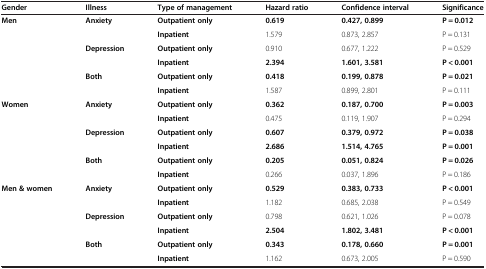
| Gender | Illness | Type of management | Hazard ratio | Confidence interval | Significance |
 | --- | --- | --- | --- | --- | --- |
 | Men | Anxiety | Outpatient only | 0.619 | 0.427, 0.899 | P = 0.012 |
 |  |  | Inpatient | 1.579 | 0.873, 2.857 | P = 0.131 |
 |  | Depression | Outpatient only | 0.910 | 0.677, 1.222 | P = 0.529 |
 |  |  | Inpatient | 2.394 | 1.601, 3.581 | P < 0.001 |
 |  | Both | Outpatient only | 0.418 | 0.199, 0.878 | P = 0.021 |
 |  |  | Inpatient | 1.587 | 0.899, 2.801 | P = 0.111 |
 | Women | Anxiety | Outpatient only | 0.362 | 0.187, 0.700 | P = 0.003 |
 |  |  | Inpatient | 0.475 | 0.119, 1.907 | P = 0.294 |
 |  | Depression | Outpatient only | 0.607 | 0.379, 0.972 | P = 0.038 |
 |  |  | Inpatient | 2.686 | 1.514, 4.765 | P = 0.001 |
 |  | Both | Outpatient only | 0.205 | 0.051, 0.824 | P = 0.026 |
 |  |  | Inpatient | 0.266 | 0.037, 1.896 | P = 0.186 |
 | Men & women | Anxiety | Outpatient only | 0.529 | 0.383, 0.733 | P < 0.001 |
 |  |  | Inpatient | 1.182 | 0.685, 2.038 | P = 0.549 |
 |  | Depression | Outpatient only | 0.798 | 0.621, 1.026 | P = 0.078 |
 |  |  | Inpatient | 2.504 | 1.802, 3.481 | P < 0.001 |
 |  | Both | Outpatient only | 0.343 | 0.178, 0.660 | P = 0.001 |
 |  |  | Inpatient | 1.162 | 0.673, 2.005 | P = 0.590 |